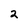
Character: 2